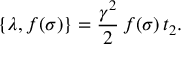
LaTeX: \{ \lambda , f ( \sigma ) \} = \frac { \gamma ^ { 2 } } { 2 } \, f ( \sigma ) \, t _ { 2 } .